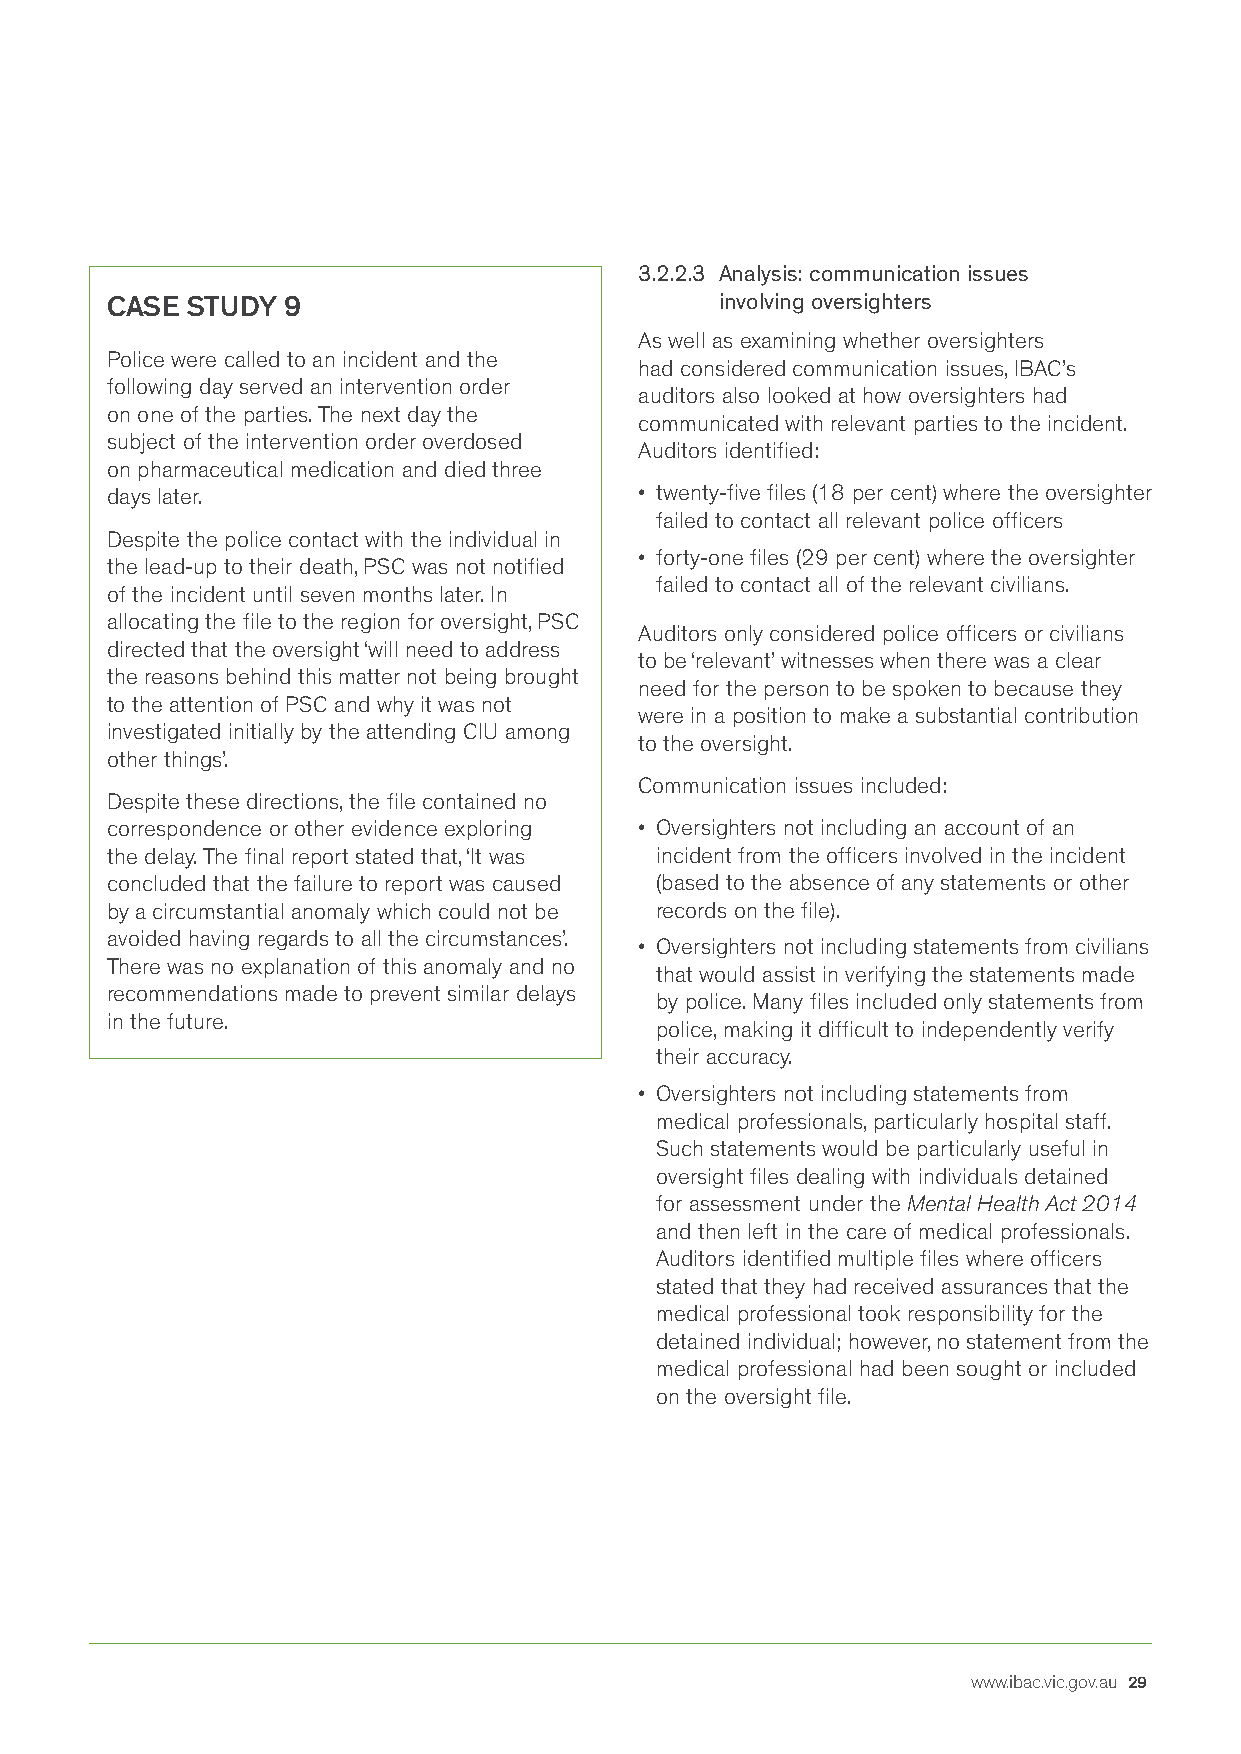
3.2.2.3 Analysis: communication issues
 CASE STUDY  9                            involving oversighters
 As well as examining whether oversighters
 Police were called to an incident and the
 had considered communication issues, IBAC’s
 following day served an intervention order
 auditors also looked at how oversighters had
 on one of the parties. The next day the
 communicated with relevant parties to the incident.
 subject of the intervention order overdosed
 Auditors identified:
 on pharmaceutical medication and died three
 days later.                        • twenty-five files (18 per cent) where the oversighter
 failed to contact all relevant police officers
 Despite the police contact with the individual in
 • forty-one files (29 per cent) where the oversighter
 the lead-up to their death, PSC was not notified
 failed to contact all of the relevant civilians.
 of the incident until seven months later. In
 allocating the file to the region for oversight, PSC
 Auditors only considered police officers or civilians
 directed that the oversight ‘will need to address
 to be ‘relevant’ witnesses when there was a clear
 the reasons behind this matter not being brought
 need for the person to be spoken to because they
 to the attention of PSC and why it was not
 were in a position to make a substantial contribution
 investigated initially by the attending CIU among
 to the oversight.
 other things’.
 Communication issues included:
 Despite these directions, the file contained no
 correspondence or other evidence exploring • Oversighters not including an account of an
 the delay. The final report stated that, ‘It was incident from the officers involved in the incident
 concluded that the failure to report was caused (based to the absence of any statements or other
 by a circumstantial anomaly which could not be records on the file).
 avoided having regards to all the circumstances’.
 • Oversighters not including statements from civilians
 There was no explanation of this anomaly and no
 that would assist in verifying the statements made
 recommendations made to prevent similar delays
 by police. Many files included only statements from
 in the future.
 police, making it difficult to independently verify
 their accuracy.
 • Oversighters not including statements from
 medical professionals, particularly hospital staff.
 Such statements would be particularly useful in
 oversight files dealing with individuals detained
 for assessment under the Mental Health Act 2014
 and then left in the care of medical professionals.
 Auditors identified multiple files where officers
 stated that they had received assurances that the
 medical professional took responsibility for the
 detained individual; however, no statement from the
 medical professional had been sought or included
 on the oversight file.
 www.ibac.vic.gov.au 29